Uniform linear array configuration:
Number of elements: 4
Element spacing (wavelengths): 1
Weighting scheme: blackman
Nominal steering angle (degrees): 30
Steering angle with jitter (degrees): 29.545
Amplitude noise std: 0.05
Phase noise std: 0.05

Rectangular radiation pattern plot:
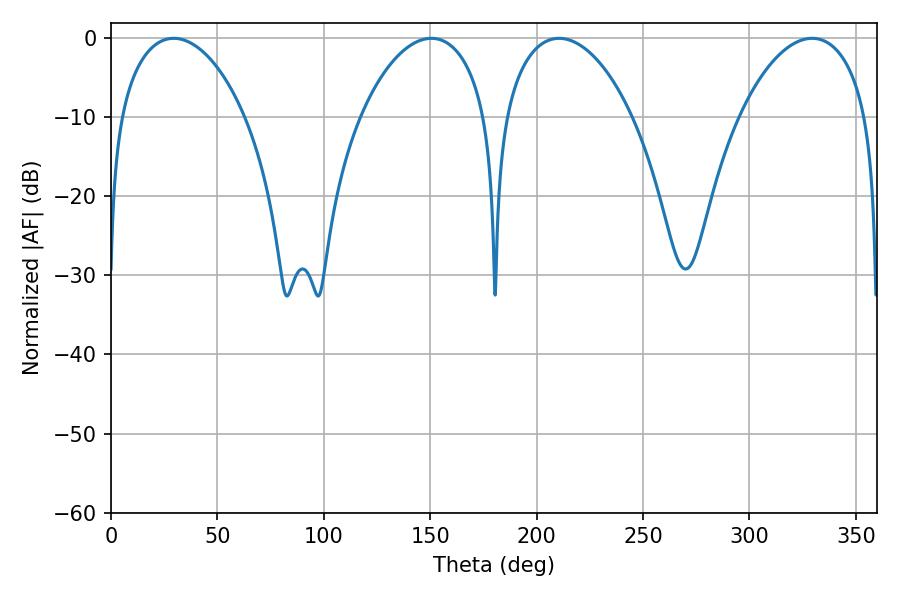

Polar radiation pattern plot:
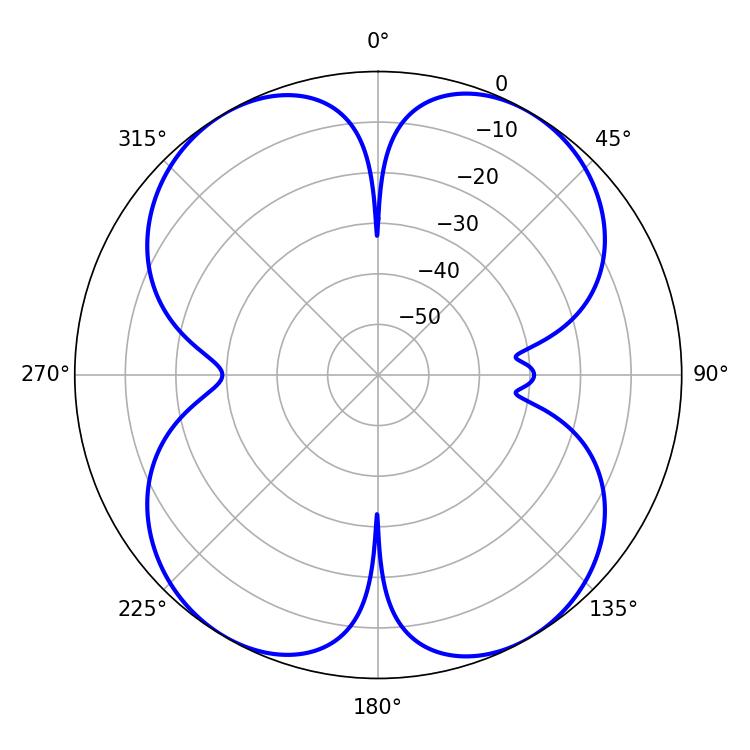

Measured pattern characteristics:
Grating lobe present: TRUE
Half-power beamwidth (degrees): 34.02
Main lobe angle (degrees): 210.6